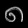
Digit: ၈